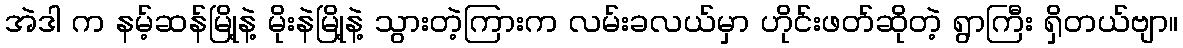
အဲဒါ က နမ့်ဆန်မြို့နဲ့ မိုးနဲမြို့နဲ့ သွားတဲ့ကြားက လမ်းခလယ်မှာ ဟိုင်းဖတ်ဆိုတဲ့ ရွာကြီး ရှိတယ်ဗျာ။